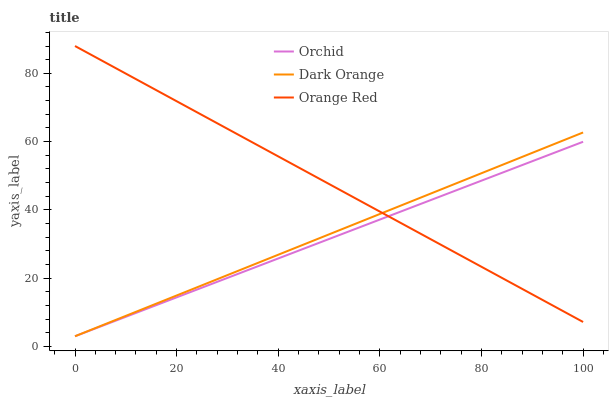
| xaxis_label | Orchid | Dark Orange | Orange Red |
 | --- | --- | --- | --- |
 | 0 | 3 | 3 | 88 |
 | 8.33 | 7.75 | 7.97 | 81.3 |
 | 16.7 | 12.5 | 12.9 | 74.5 |
 | 25 | 17.2 | 17.9 | 67.8 |
 | 33.3 | 22 | 22.9 | 61.1 |
 | 41.7 | 26.7 | 27.9 | 54.3 |
 | 50 | 31.5 | 32.8 | 47.6 |
 | 58.3 | 36.2 | 37.8 | 40.9 |
 | 66.7 | 41 | 42.8 | 34.1 |
 | 75 | 45.7 | 47.8 | 27.4 |
 | 83.3 | 50.5 | 52.7 | 20.6 |
 | 91.7 | 55.2 | 57.7 | 13.9 |
 | 100 | 60 | 62.7 | 7.18 |